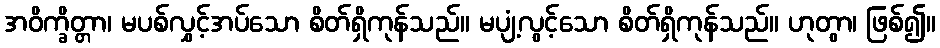
အဝိက္ခိတ္တာ၊ မပစ်လွှင့်အပ်သော စိတ်ရှိကုန်သည်။ မပျံ့လွင့်သော စိတ်ရှိကုန်သည်။ ဟုတွာ၊ ဖြစ်၍။